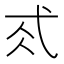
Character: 𢎂